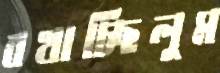
বখাচ্ছিলুম